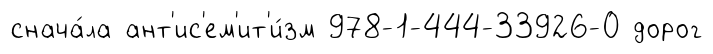
снача́ла ант'ис'ем'ит'и́зм 978-1-444-33926-0 дорог